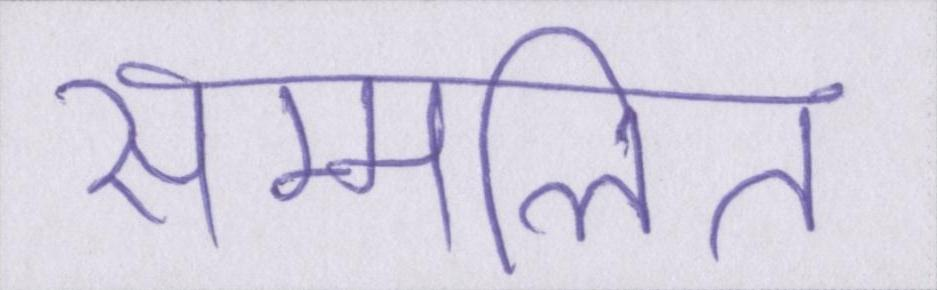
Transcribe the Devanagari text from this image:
सम्मलित